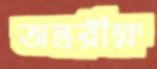
অন্তরীক্ষ